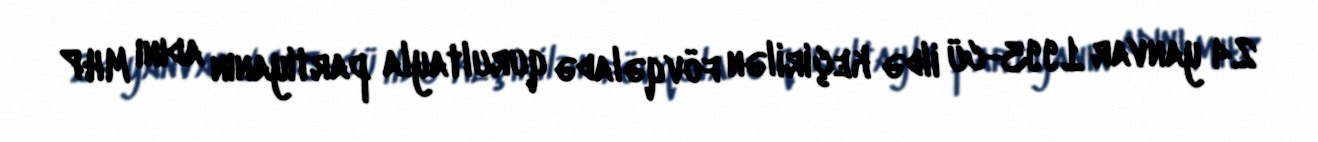
24 yanvar 1993-cü ildə keçirilən fövqəladə qurultayla partiyanın adını MHP